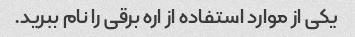
یکی از موارد استفاده از اره برقی را نام ببرید.